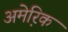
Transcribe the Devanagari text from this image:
अमेरि़क